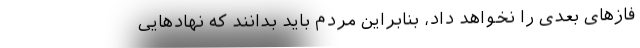
فاز‌های بعدی را نخواهد داد، بنابراین مردم باید بدانند که نهاد‌هایی